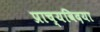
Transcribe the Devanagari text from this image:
प्राच्यविदया